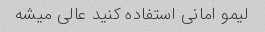
لیمو امانی استفاده کنید عالی میشه